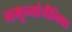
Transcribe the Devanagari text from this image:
नमून्यांचीनिवड